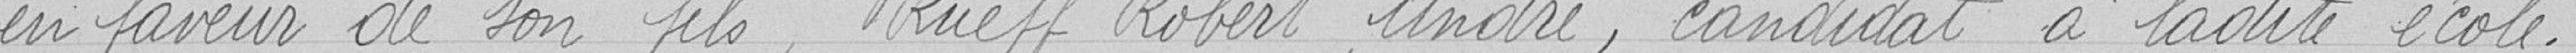
en faveur de son fils, Rueff Robert André, candidat à ladite école.